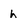
Character: h